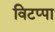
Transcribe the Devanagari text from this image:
विटप्पा